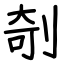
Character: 剞